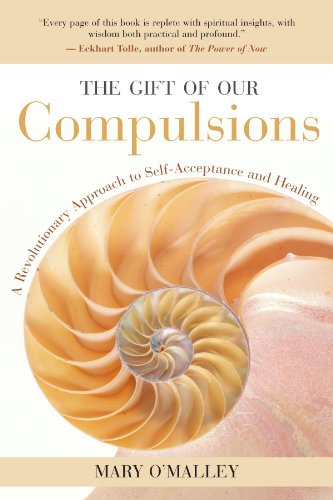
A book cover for The Gift of Our Compulsions: A Revolutionary Approach to Self-Acceptance and Healing; Mary O'Malley; Health, Fitness & Dieting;